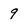
Character: 9